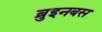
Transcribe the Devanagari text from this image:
ब्रुइनबस